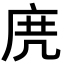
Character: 𢈐